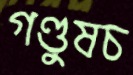
গণ্ডুষচ